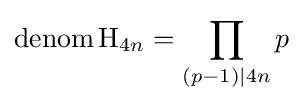
\operatorname {denom} \mathrm {H} _{4n}=\prod _{(p-1)|4n}p